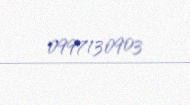
0997130903